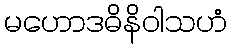
မဟောဒဓိနိဝါသဟံ